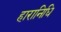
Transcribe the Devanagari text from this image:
हारानिधि